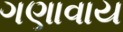
ગણાવાય